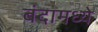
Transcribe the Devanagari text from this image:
बंदामध्ये